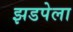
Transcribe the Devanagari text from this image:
झडपेला